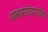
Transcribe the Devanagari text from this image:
सहस्रगोदानोंका